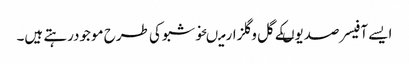
ایسے آفیسر صدیوںکے گل وگلزارمیںخوشبوکی طرح موجودرہتے ہیں۔